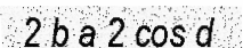
2 b a 2 cos d